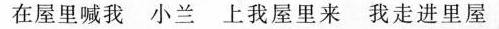
在屋里喊我 小兰 上我屋里来 我走进里屋